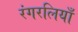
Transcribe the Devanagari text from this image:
रंगरलियाँ